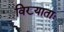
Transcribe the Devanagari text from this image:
विख्याताः